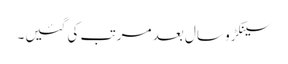
سینکڑو سال بعد مرتب کی گئیں۔